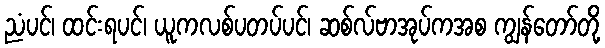
ညံပင်၊ ထင်းရပင်၊ ယူကလစ်ပတပ်ပင်၊ ဆစ်လ်ဗာအုပ်ကအစ ကျွန်တော်တို့